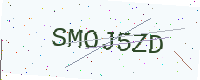
Text: SMOJ5ZD